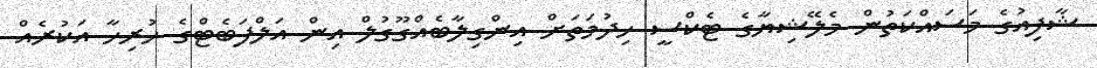
ޝާފިއުގެ މަސައްކަތުން މެލޭޝިޔާގެ ޓެކްސީ ހިދުމަތަށް އިންގިލާބެއްގޫގުލް އިން އަލްފަބެޓްގެ ހުރިހާ އަކުރެއް